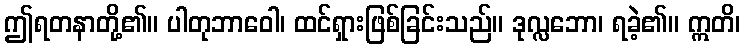
ဤရတနာတို့၏။ ပါတုဘာဝေါ၊ ထင်ရှားဖြစ်ခြင်းသည်။ ဒုလ္လဘော၊ ရခဲ့၏။ ဣတိ၊